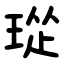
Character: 㻜